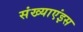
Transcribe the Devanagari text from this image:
संख्याएंइस